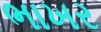
ભાખર